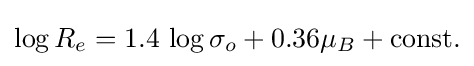
\log R_{e}=1.4\,\log \sigma _{o}+0.36\mu _{B}+{\rm {const.}}